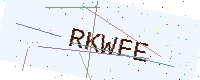
Text: RKWFE